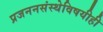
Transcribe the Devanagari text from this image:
प्रजननसंस्थेविषयीही